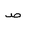
Letter: _sad